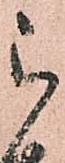
被